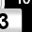
Digit: 3